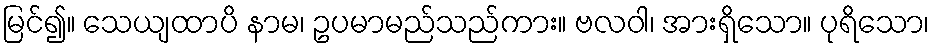
မြင်၍။ သေယျထာပိ နာမ၊ ဥပမာမည်သည်ကား။ ဗလဝါ၊ အားရှိသော။ ပုရိသော၊